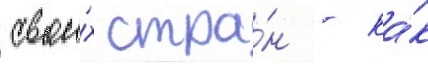
свои́х стра́н - ка́к